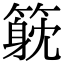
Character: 𥲇